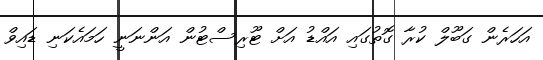
އަހަރެން ގަބޫލް ކުރާ ގޮތުގައި އައްޑު އަށް ޓޫރިސްޓުން އަންނަނީ ހަމައެކަނި ޑައިވް